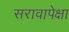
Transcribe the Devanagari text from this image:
सरावापेक्षा